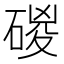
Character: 𥓻